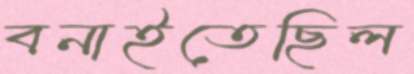
বনাইতেছিল